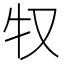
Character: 𰠦